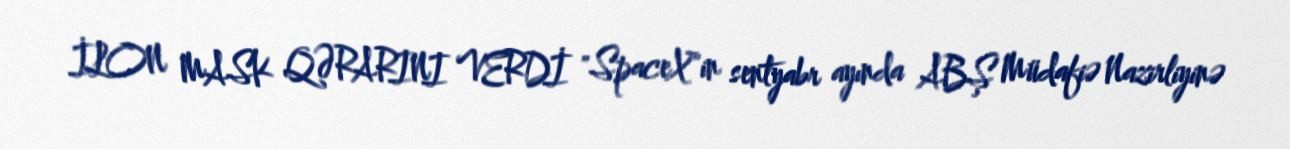
İLON MASK QƏRARINI VERDİ "SpaceX"in sentyabr ayında ABŞ Müdafiə Nazirliyinə